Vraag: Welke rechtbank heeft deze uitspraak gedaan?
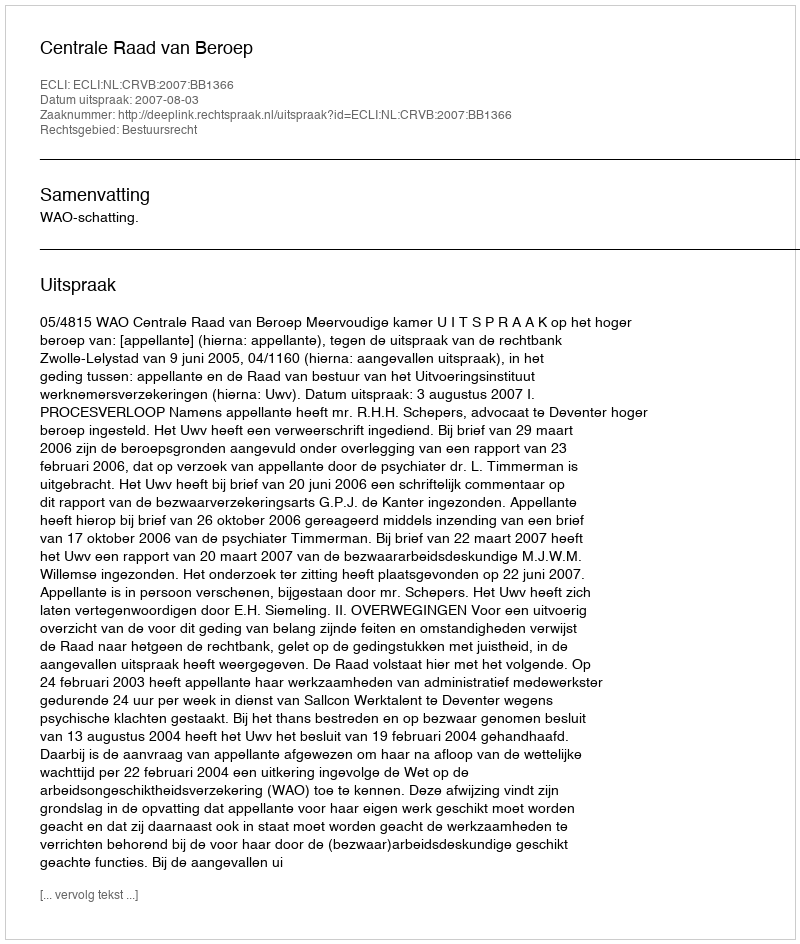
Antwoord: Centrale Raad van Beroep